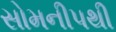
સોમનીપથી